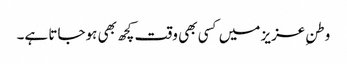
وطنِ عزیز میں کسی بھی وقت کچھ بھی ہوجاتا ہے۔